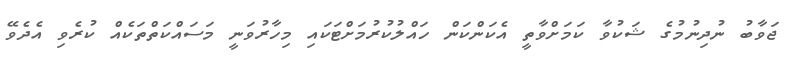
ޖަވާބު ނުދިނުމުގެ ޝަކުވާ ކަމަށްވާތީ އެކަންކަން ހައްލުކުރުމަށްޓަކައި މިހާރުވަނީ މަސައްކަތްތަކެއް ކުރެވި އެދެވޭ